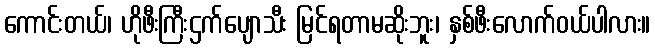
ကောင်းတယ်၊ ဟိုဖီးကြီးဌက်ပျောသီး မြင်ရတာမဆိုးဘူး၊ နှစ်ဖီးလောက်ဝယ်ပါလား။